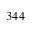
3 4 4